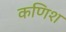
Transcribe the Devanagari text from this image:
कणिश